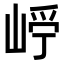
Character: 𡹂